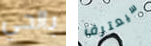
بالحي سيعترف